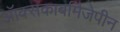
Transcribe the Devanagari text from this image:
ऑक्सकार्बामैजेपीन